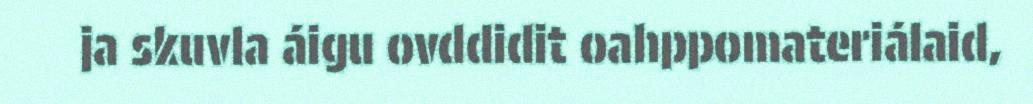
ja skuvla áigu ovddidit oahppomateriálaid,